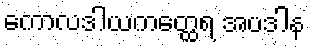
ကောလဒါယကတ္ထေရ အပဒါန